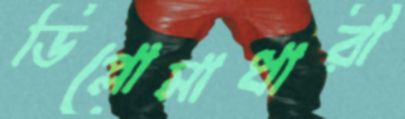
ডিপ্লোমাধারী